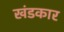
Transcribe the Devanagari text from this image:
खंडकार